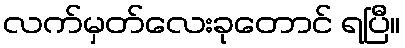
လက်မှတ်လေးခုတောင် ရပြီ။